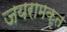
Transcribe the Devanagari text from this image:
जयरामकृत